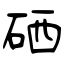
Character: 硒